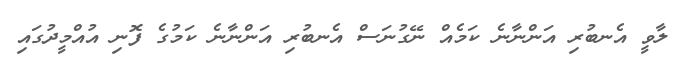
ލާވީ އެނބުރި އަންނާނެ ކަމެއް ނޭގުނަސް އެނބުރި އަންނާނެ ކަމުގެ ފޮނި އުއްމީދުގައި